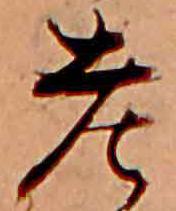
老